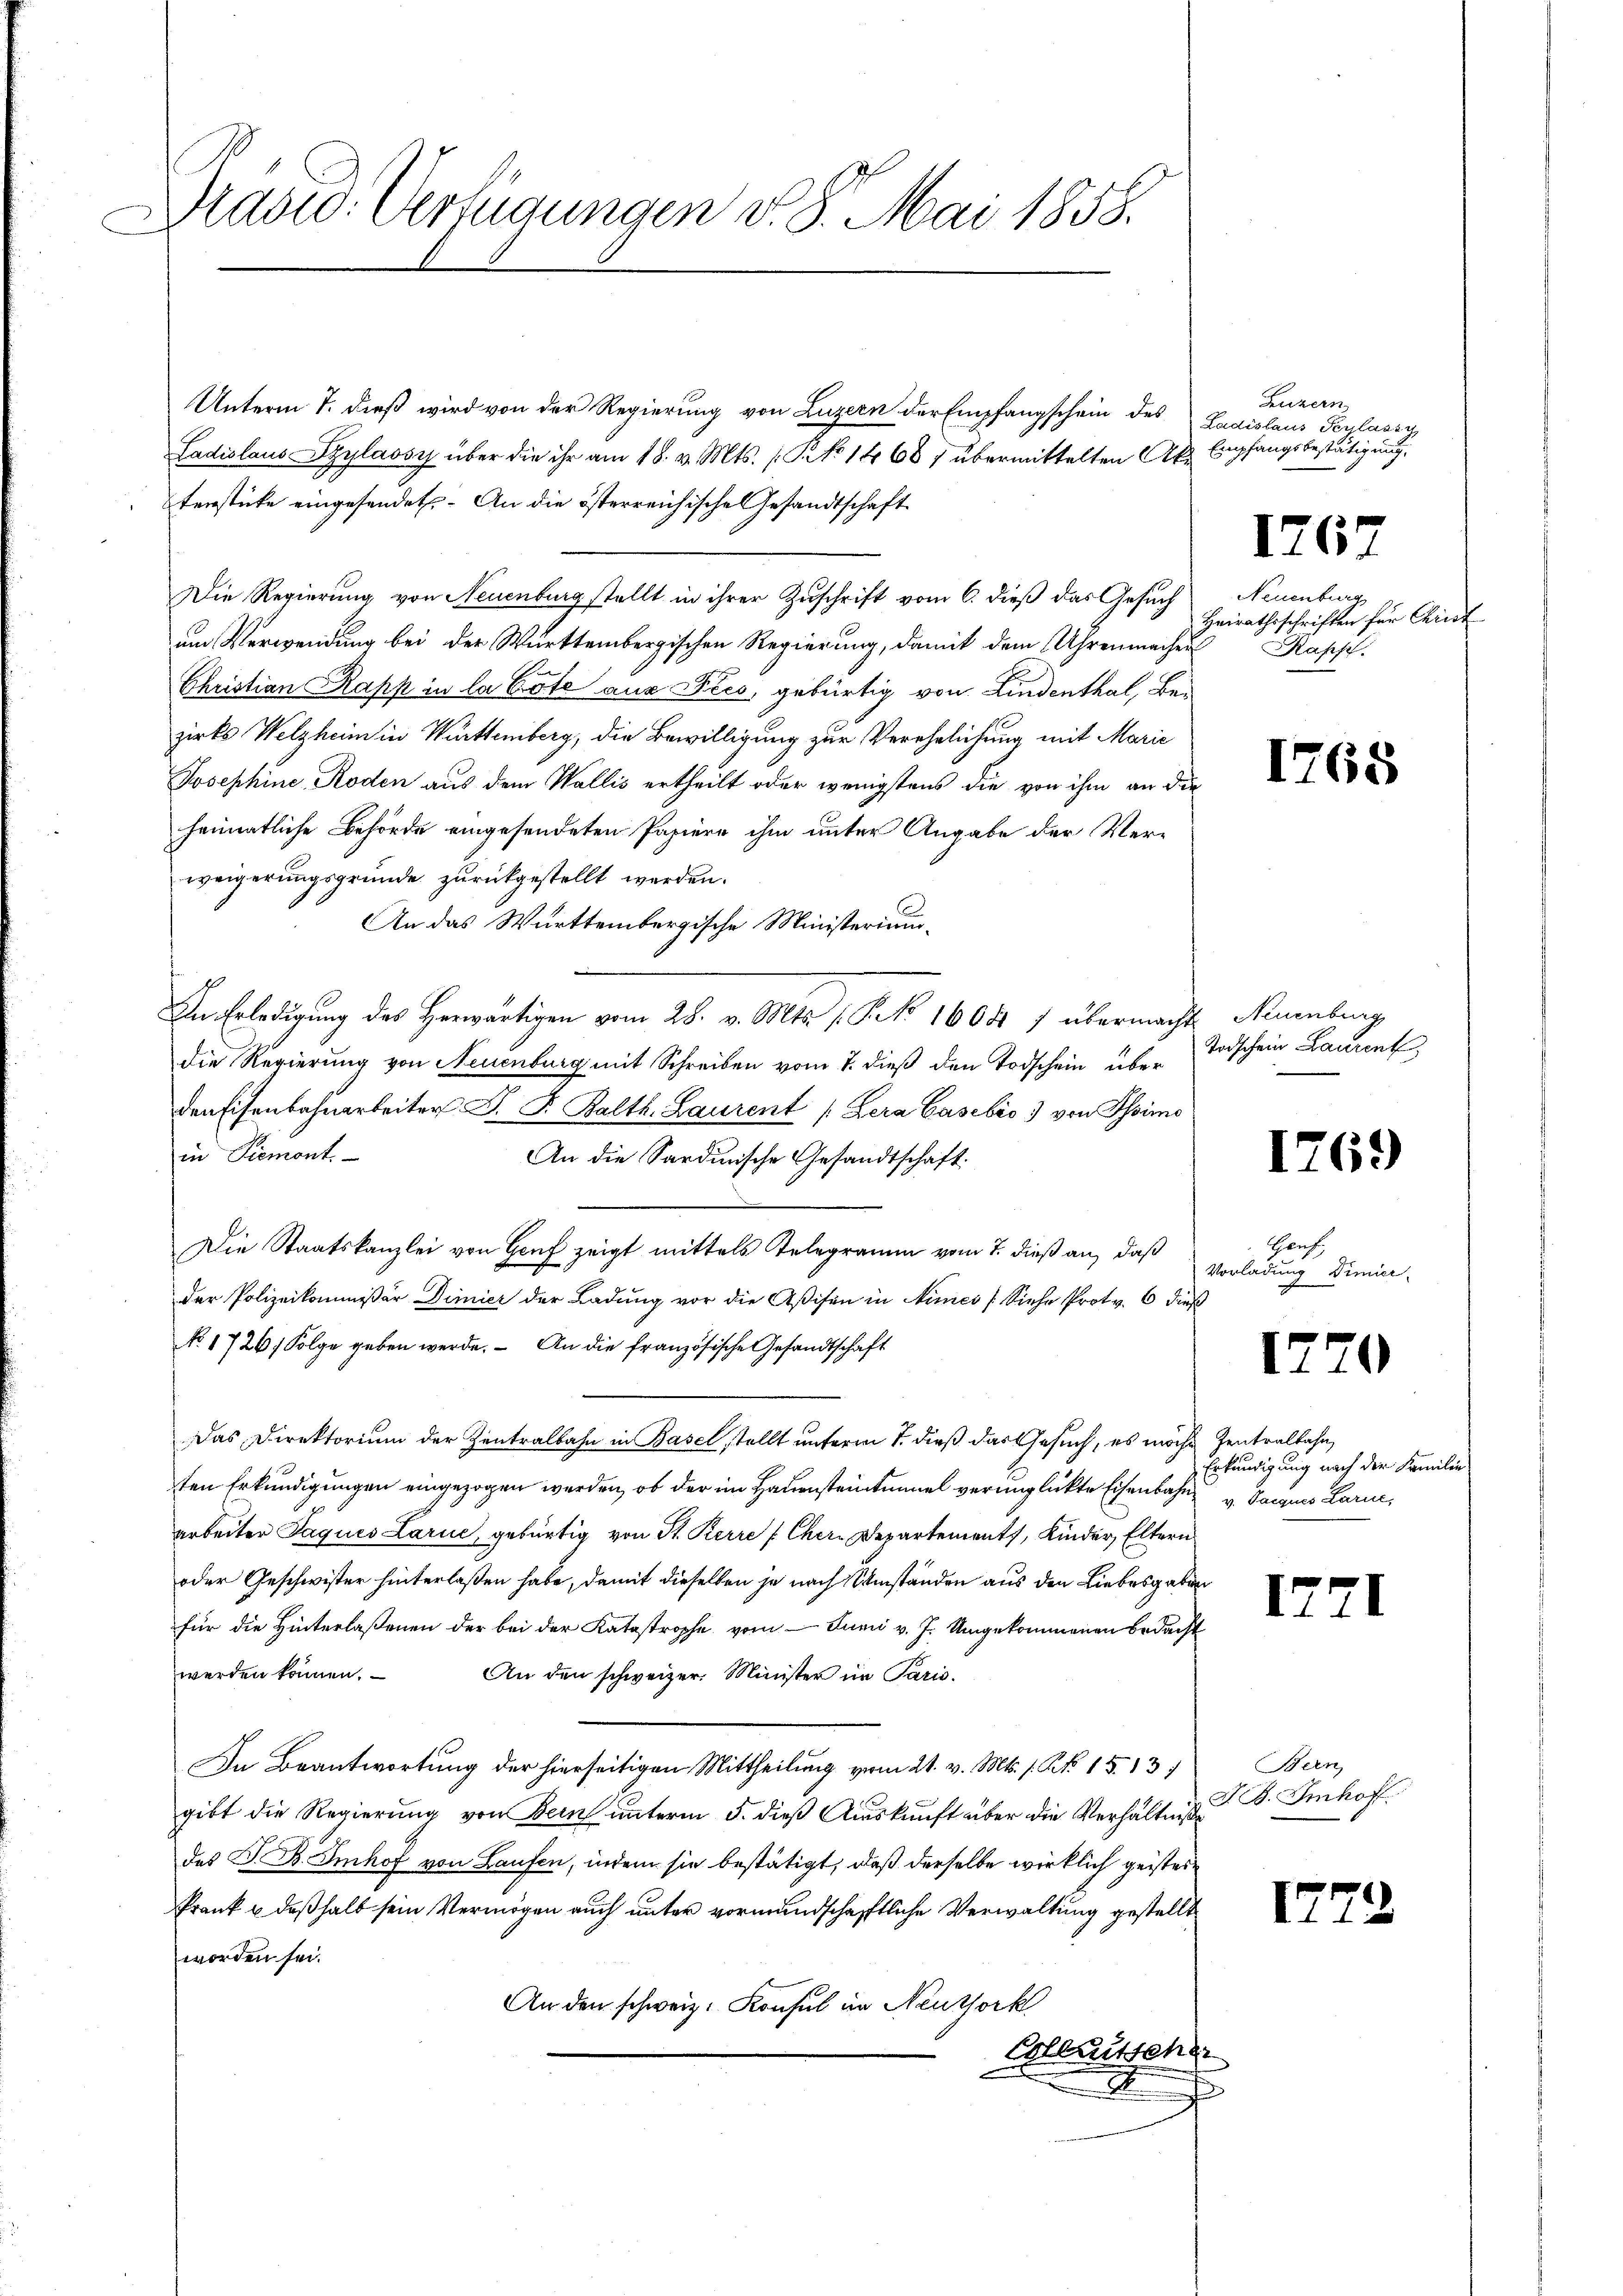
Draswo. Verfügungen v. 8. Mai 1858.

Unterm 7. dieß wird von der Regierung von Luzern der Empfangschein des
Ladislaus Szylavsy über die ihr am 18. v. Mts. (PNo 1468) übermittelten Ake Empfangsbestätigung.
terstücke eingesendet. An die österreichische Gesandtschaft
Die Regierung von Neuenburg stellt in ihrer Zuschrift vom 6. dieß das Gesuch
um Verwendung bei der Württembergischen Regierung, damit dem Uhrenmachen
Christian Kapp in la Cote aus Fies, gebürtig von Lindenthal, Bei
zirks Welzheim in Württemberg, die Bewilligung zur Verehelichung mit Marie
Josephine Roden aus dem Wallis ertheilt oder wenigstens die von ihm an die
heimatliche Behörde eingesendeten Papiere ihm unter Angabe der Verweigerungsgründe zurückgestellt werden.
An das Württembergische Ministerium-
In Erledigung des Herwärtigen vom 28. v. Mts. s. S. 1608 7 übermacht, Neuenburg
die Regierung von Neuenburg mit Schreiben vom 7. dieß den Todschein über
den Eisenbahnarbeiter P. F. Balth. Laurent (Zera Gasebio 3) von Simo
in Piemont.
An die Sardinische Gesandtschaft
Die Staatskanzlei von Hof zeigt mittels Telegramm vom 7. dieß an, daß
der Polizeikommißär Dimier der Ladung vor die Aßifen in Nimes (Siehe Prot v. 6 dieß
No. 1726/ Folge geben werde. - An die französische Gesandtschaft
Das Direktorium der Zentralbahn in Basel stellt unterm 1. dieß das Gesuch, es möcht
ten Erkundigungen eingezogen werden, ob der im Hauensteintunnel verunglickte Eisenbahn u. Jacquis Karne,
arbeiter Jaques Larić, gebürtig von St. Kerre [Chere Departements, Kinder Eltern
oder Geschwister hinterlaßen habe, damit dieselben je nach Umständen aus den Liebesgaben
für die Hinterlaßenen der bei der Katastrophe vom Junii v. J. Umgekommenen bedacht
werden können.
An den schweizer. Minister im Paris.
In Beantwortung der hierseitigen Mittheilung vom 21. v. Mts. 1. Nr. 15. 137
gibt die Regierung von Bern unterm 5. dieß Auskunft über die Verhältniße
des B. B. Imhof von Laufen, indem sie bestätigt, daß derselbe wirklich geisteskrank & deßhalb sein Vermögen auch unter vormundschafftliche Verwaltung gestellt
worden sei.
An den schweiz. Konsul in Neuthork
Ellrutsche
J.

Luzern
Ladislaus Perlassu

1767

Neuenburg
Heirathsschriften für Cit
Kasse.

Todschein Laurent,

1769

Genf,
Vorladung Dimier-

1765

.

3

Zentralbahn,
Erkundigung nach der Familien

1771

Bern,
J. B. Imhof.

17

)